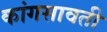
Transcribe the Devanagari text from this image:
कांगसावती